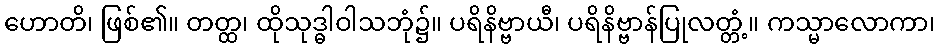
ဟောတိ၊ ဖြစ်၏။ တတ္ထ၊ ထိုသုဒ္ဓါဝါသဘုံ၌။ ပရိနိဗ္ဗာယီ၊ ပရိနိဗ္ဗာန်ပြုလတ္တံ့။ ကသ္မာလောကာ၊